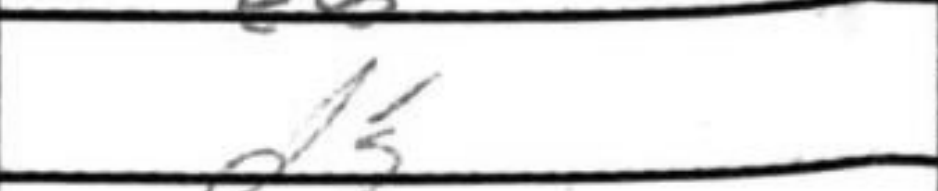
Transcription: d5